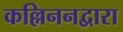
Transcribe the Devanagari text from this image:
कल्लिननद्वारा